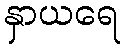
နှာယရေ